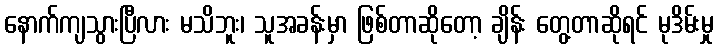
နောက်ကျသွားပြီလား မသိဘူး၊ သူအခန်းမှာ ဖြစ်တာဆိုတော့ ချိန်း တွေ့တာဆိုရင် မုဒိမ်းမှု